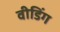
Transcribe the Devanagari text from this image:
वीडिंग